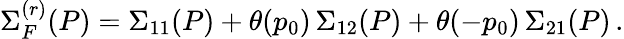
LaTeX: \Sigma_{F}^{(r)}(P)=\Sigma_{11}(P)+\theta(p_{0})\, \Sigma_{12}(P)+\theta(-p_{0})\, \Sigma_{21}(P)\, .